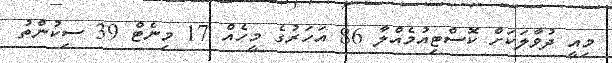
މިއީ ދުވާލަކަށް ކޮސްޓިއުމެއްލާ 86 އަހަރުގެ މީހެއް 17 މިނެޓް 39 ސިކުންތު